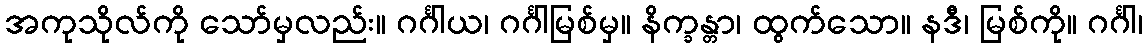
အကုသိုလ်ကို သော်မှလည်း။ ဂင်္ဂါယ၊ ဂင်္ဂါမြစ်မှ။ နိက္ခန္တာ၊ ထွက်သော။ နဒီ၊ မြစ်ကို။ ဂင်္ဂါ၊